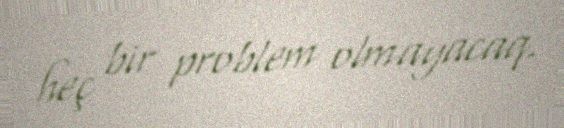
heç bir problem olmayacaq.